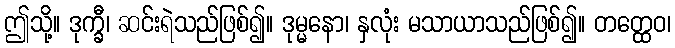
ဤသို့။ ဒုက္ခီ၊ ဆင်းရဲသည်ဖြစ်၍။ ဒုမ္မနော၊ နှလုံး မသာယာသည်ဖြစ်၍။ တတ္ထေဝ၊